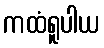
ကထံရူပါယ